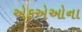
એફએઓના